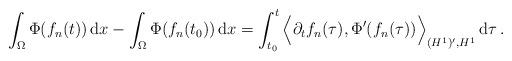
LaTeX: \begin{align*}\int_\Omega\Phi(f_n(t))\, \mathrm{d}x- \int_\Omega\Phi(f_n(t_0))\, \mathrm{d}x=\int_{t_0}^t\Big\langle \partial_t f_n(\tau),\Phi'(f_n(\tau))\Big\rangle_{(H^1)',H^1}\, \mathrm{d}\tau\,. \end{align*}